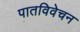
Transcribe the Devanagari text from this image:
पातविवेचन